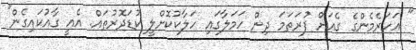
" އަހަރެމެންގެ ގެއަށް ފުރަތަމަ ދިން ހަމަލާގައި ހަލާކުކޮށްލީ ކުޑަދޮރުތައް. އެއީ ގާއުކައިގެން"